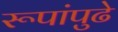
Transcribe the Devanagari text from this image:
रूपांपुढे